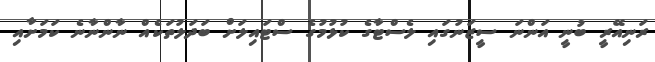
ރަނިއޭރީ ބުނީ އަންނަ ސީޒަނުގައި ލެސްޓާގެ ކުޅުމުގެ ސްޓައިލަށް ބަދަލުތަކެއް ނާންނާނެ ކަމަށާއި